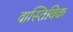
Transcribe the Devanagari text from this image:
वास्तिविक